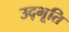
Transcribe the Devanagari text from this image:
उद्भूति